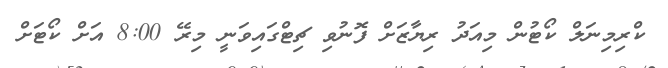
ކްރިމިނަލް ކޯޓުން މިއަދު ރިޔާޒަށް ފޮނުވި ޗިޓްގައިވަނީ މިރޭ 8:00 އަށް ކޯޓަށް